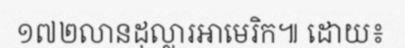
១៧២លានដុល្លារអាមេរិក៕ ដោយ៖